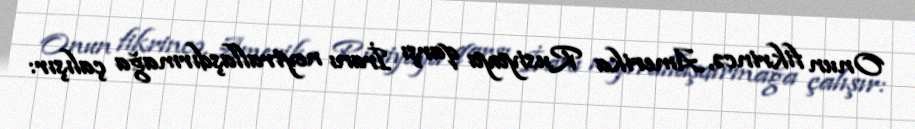
Onun fikrincə, Amerika Rusiyaya qarşı İranı neytrallaşdırmağa çalışır: